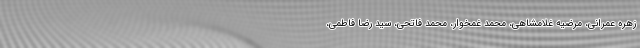
زهره عمرانی، مرضیه غلامشاهی، محمد غمخوار، محمد فاتحی، سید رضا فاطمی،